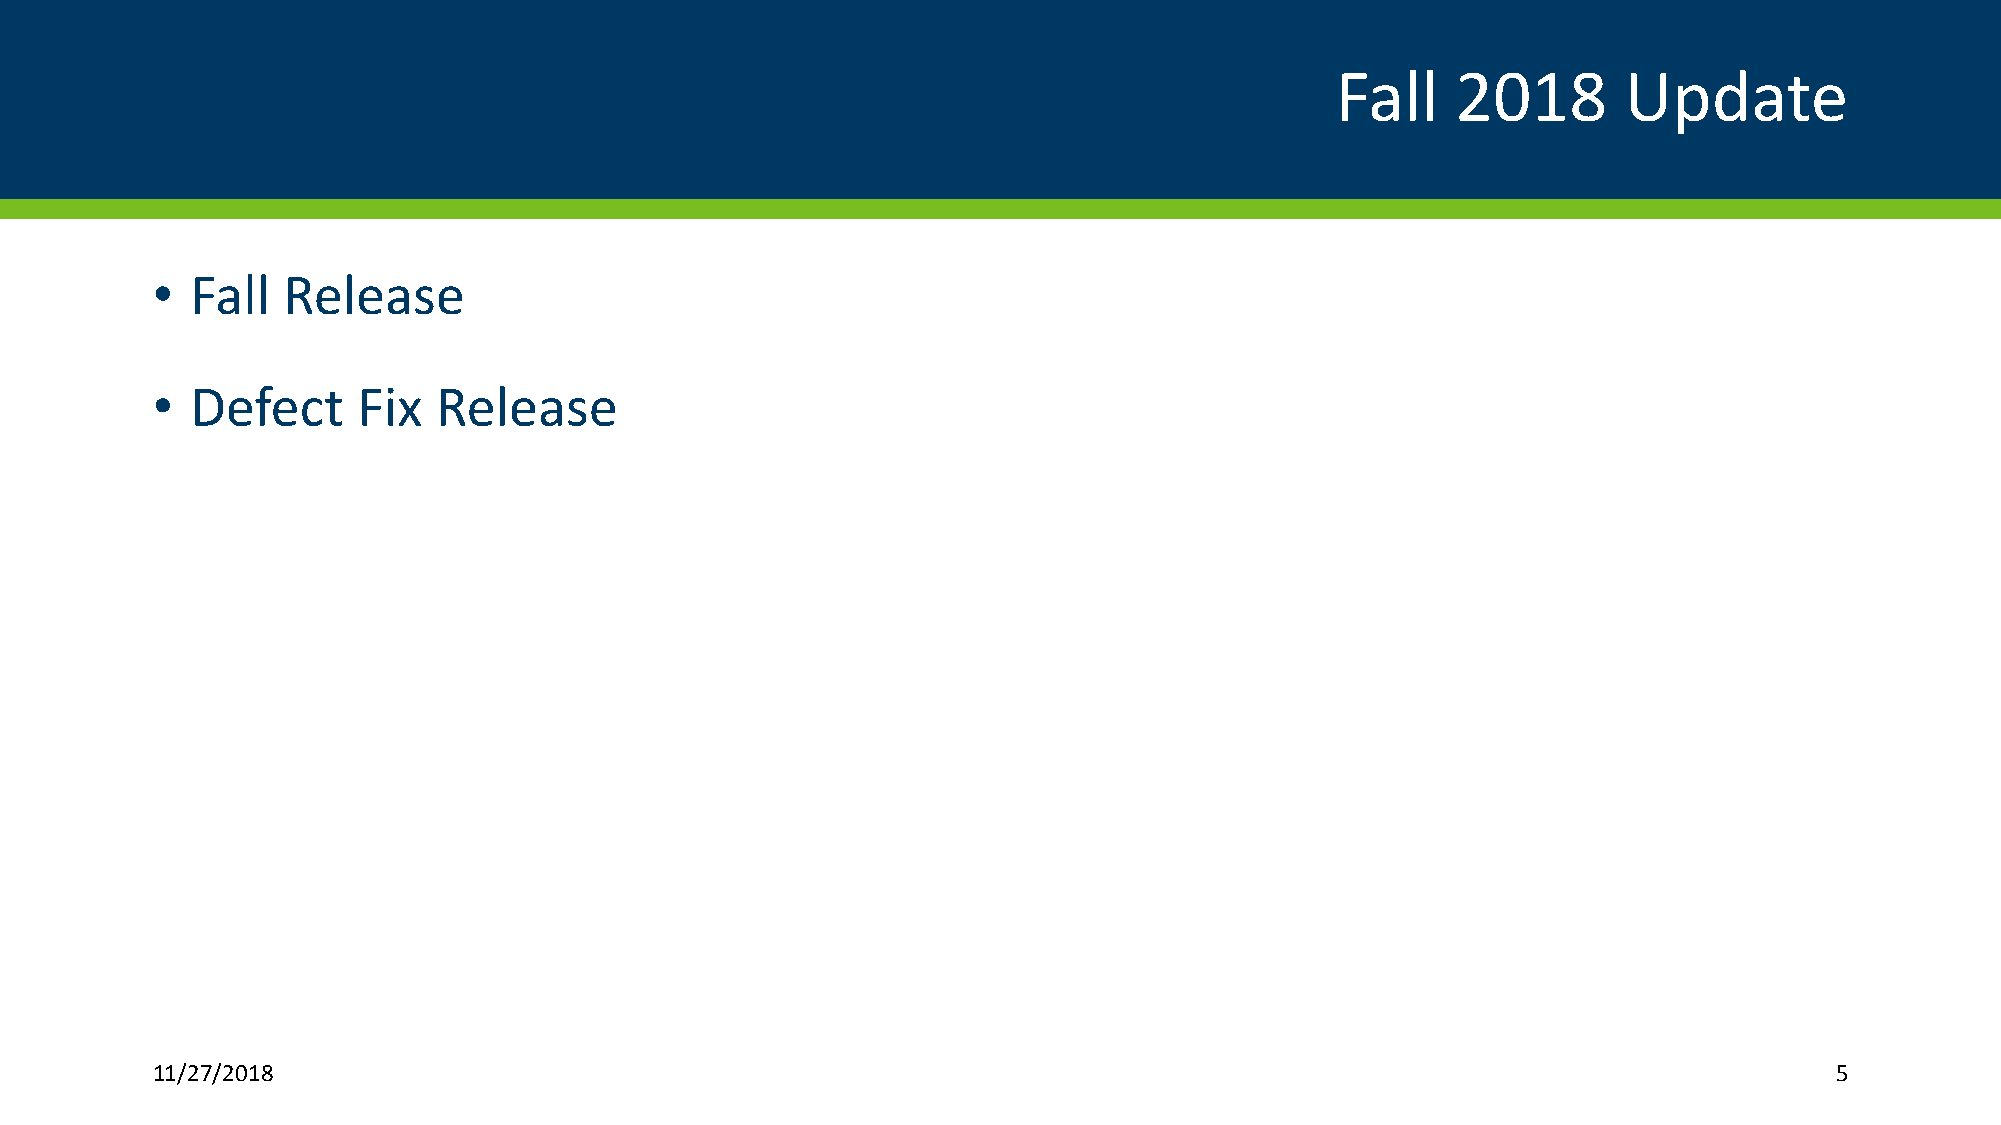
Fall    2018       Update
 •  Fall  Release
 •  Defect     Fix  Release
 11/27/2018                                                                                                     5